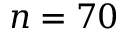
n = 7 0